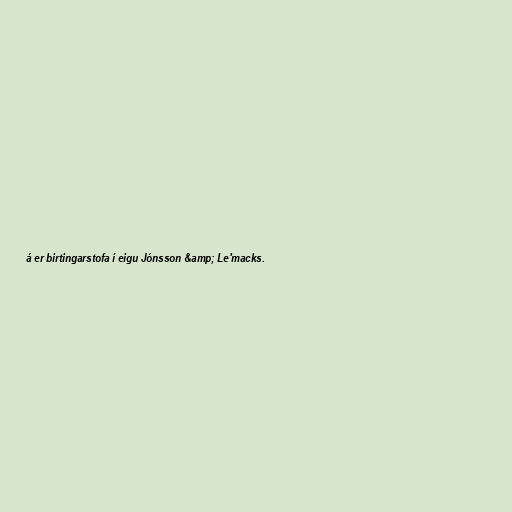
á er birtingarstofa í eigu Jónsson &amp; Le'macks.